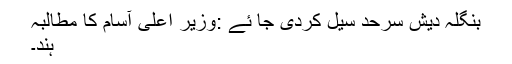
بنگلہ دیش سرحد سیل کردی جا ئے :وزیر اعلیٰ آسام کا مطالبہ
ہند۔